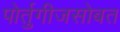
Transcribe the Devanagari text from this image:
पोर्तुगीजसोबत